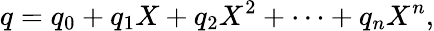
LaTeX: q=q_{0}+q_{1}X+q_{2}X^{2}+\cdots+q_{n}X^{n},